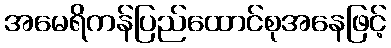
အမေရိကန်ပြည်ထောင်စုအနေဖြင့်